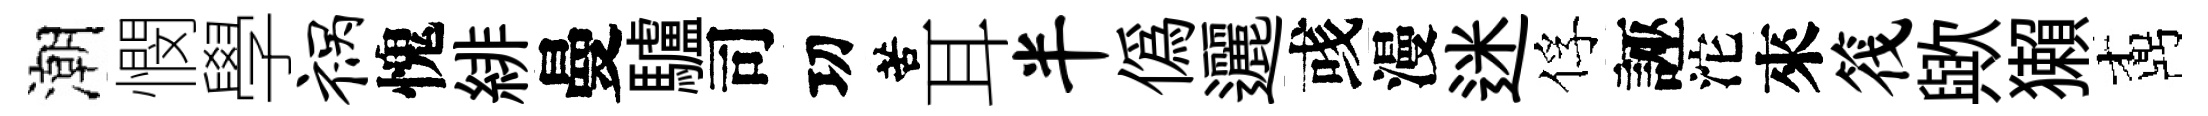
潮憫學祸愧緋曼驢司㓛苦耳半偽邐彧漫迷俘誣沱來筏歟獺鼒